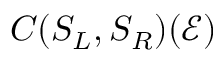
C ( S _ { L } , S _ { R } ) ( \mathcal { E } )